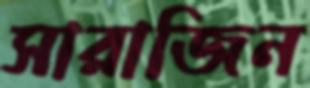
সারাজিন